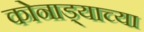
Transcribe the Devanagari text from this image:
कोनाड्याच्या